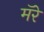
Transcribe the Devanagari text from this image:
मॅरे